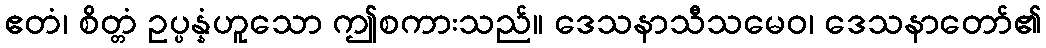
ဧတံ၊ စိတ္တံ ဥပ္ပန္နံဟူသော ဤစကားသည်။ ဒေသနာသီသမေဝ၊ ဒေသနာတော်၏